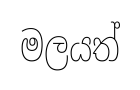
මලයත්